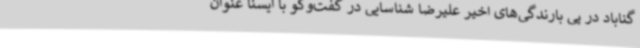
گناباد در پی بارندگی‌های اخیر علیرضا شناسایی در گفت‌وگو با ایسنا عنوان